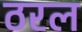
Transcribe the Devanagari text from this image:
ठरल